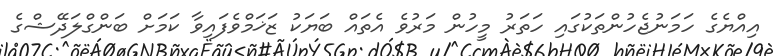
އިއްޔެގެ ހަމަނުޖެހުންތަކުގައި ހަތަރު މީހުން މަރުވެ އެތައް ބަޔަކު ޒަޚަމްވެފައިވާ ކަމަށް ބަންގްލަދޭޝްގެ